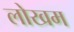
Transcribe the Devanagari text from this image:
लोखम